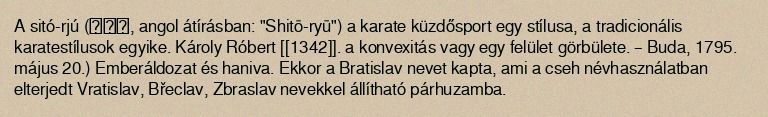
A sitó-rjú (糸東流, angol átírásban: "Shitō-ryū") a karate küzdősport egy stílusa, a tradicionális karatestílusok egyike. Károly Róbert [[1342]]. a konvexitás vagy egy felület görbülete. – Buda, 1795. május 20.) Emberáldozat és haniva. Ekkor a Bratislav nevet kapta, ami a cseh névhasználatban elterjedt Vratislav, Břeclav, Zbraslav nevekkel állítható párhuzamba.